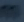
Transcribe